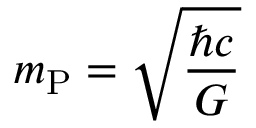
m _ { \mathrm { P } } = { \sqrt { \frac { \hbar c } { G } } }